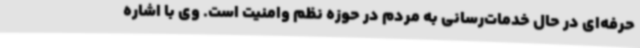
حرفه‌ای در حال خدمات‌رسانی به مردم در حوزه نظم وامنیت است. وی با اشاره